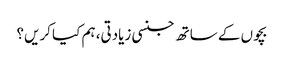
بچوں کے ساتھ جنسی زیادتی، ہم کیا کریں؟